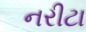
નરીટા